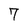
Character: 7